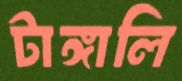
টাঙ্গালি